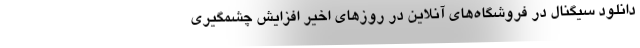
دانلود سیگنال در فروشگاه‌های آنلاین در روزهای اخیر افزایش چشمگیری